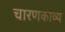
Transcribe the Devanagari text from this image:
चारणकाव्य